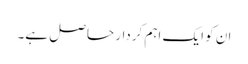
ان کو ایک اہم کردار حاصل ہے۔